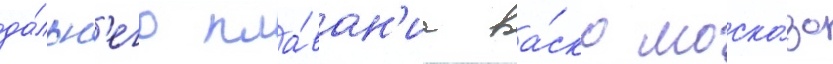
да́льн'его пла́ван'иа ва́ско моско́зо